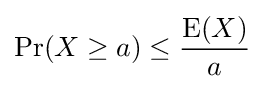
\Pr(X\geq a)\leq {\frac {\operatorname {E} (X)}{a}}